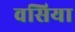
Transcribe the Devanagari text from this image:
वसिया